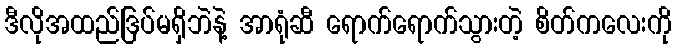
ဒီလိုအထည်ဒြပ်မရှိဘဲနဲ့ အာရုံဆီ ရောက်ရောက်သွားတဲ့ စိတ်ကလေးကို